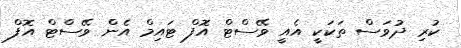
ކުރި ދުވަސް ތަކަކީ އެއީ ވޭސްޓް އޮފް ޓައިމް އެން ވޭސްޓް އޮފް